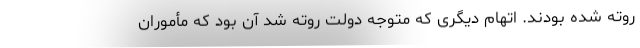
روته شده بودند. اتهام دیگری که متوجه دولت روته شد آن بود که مأموران